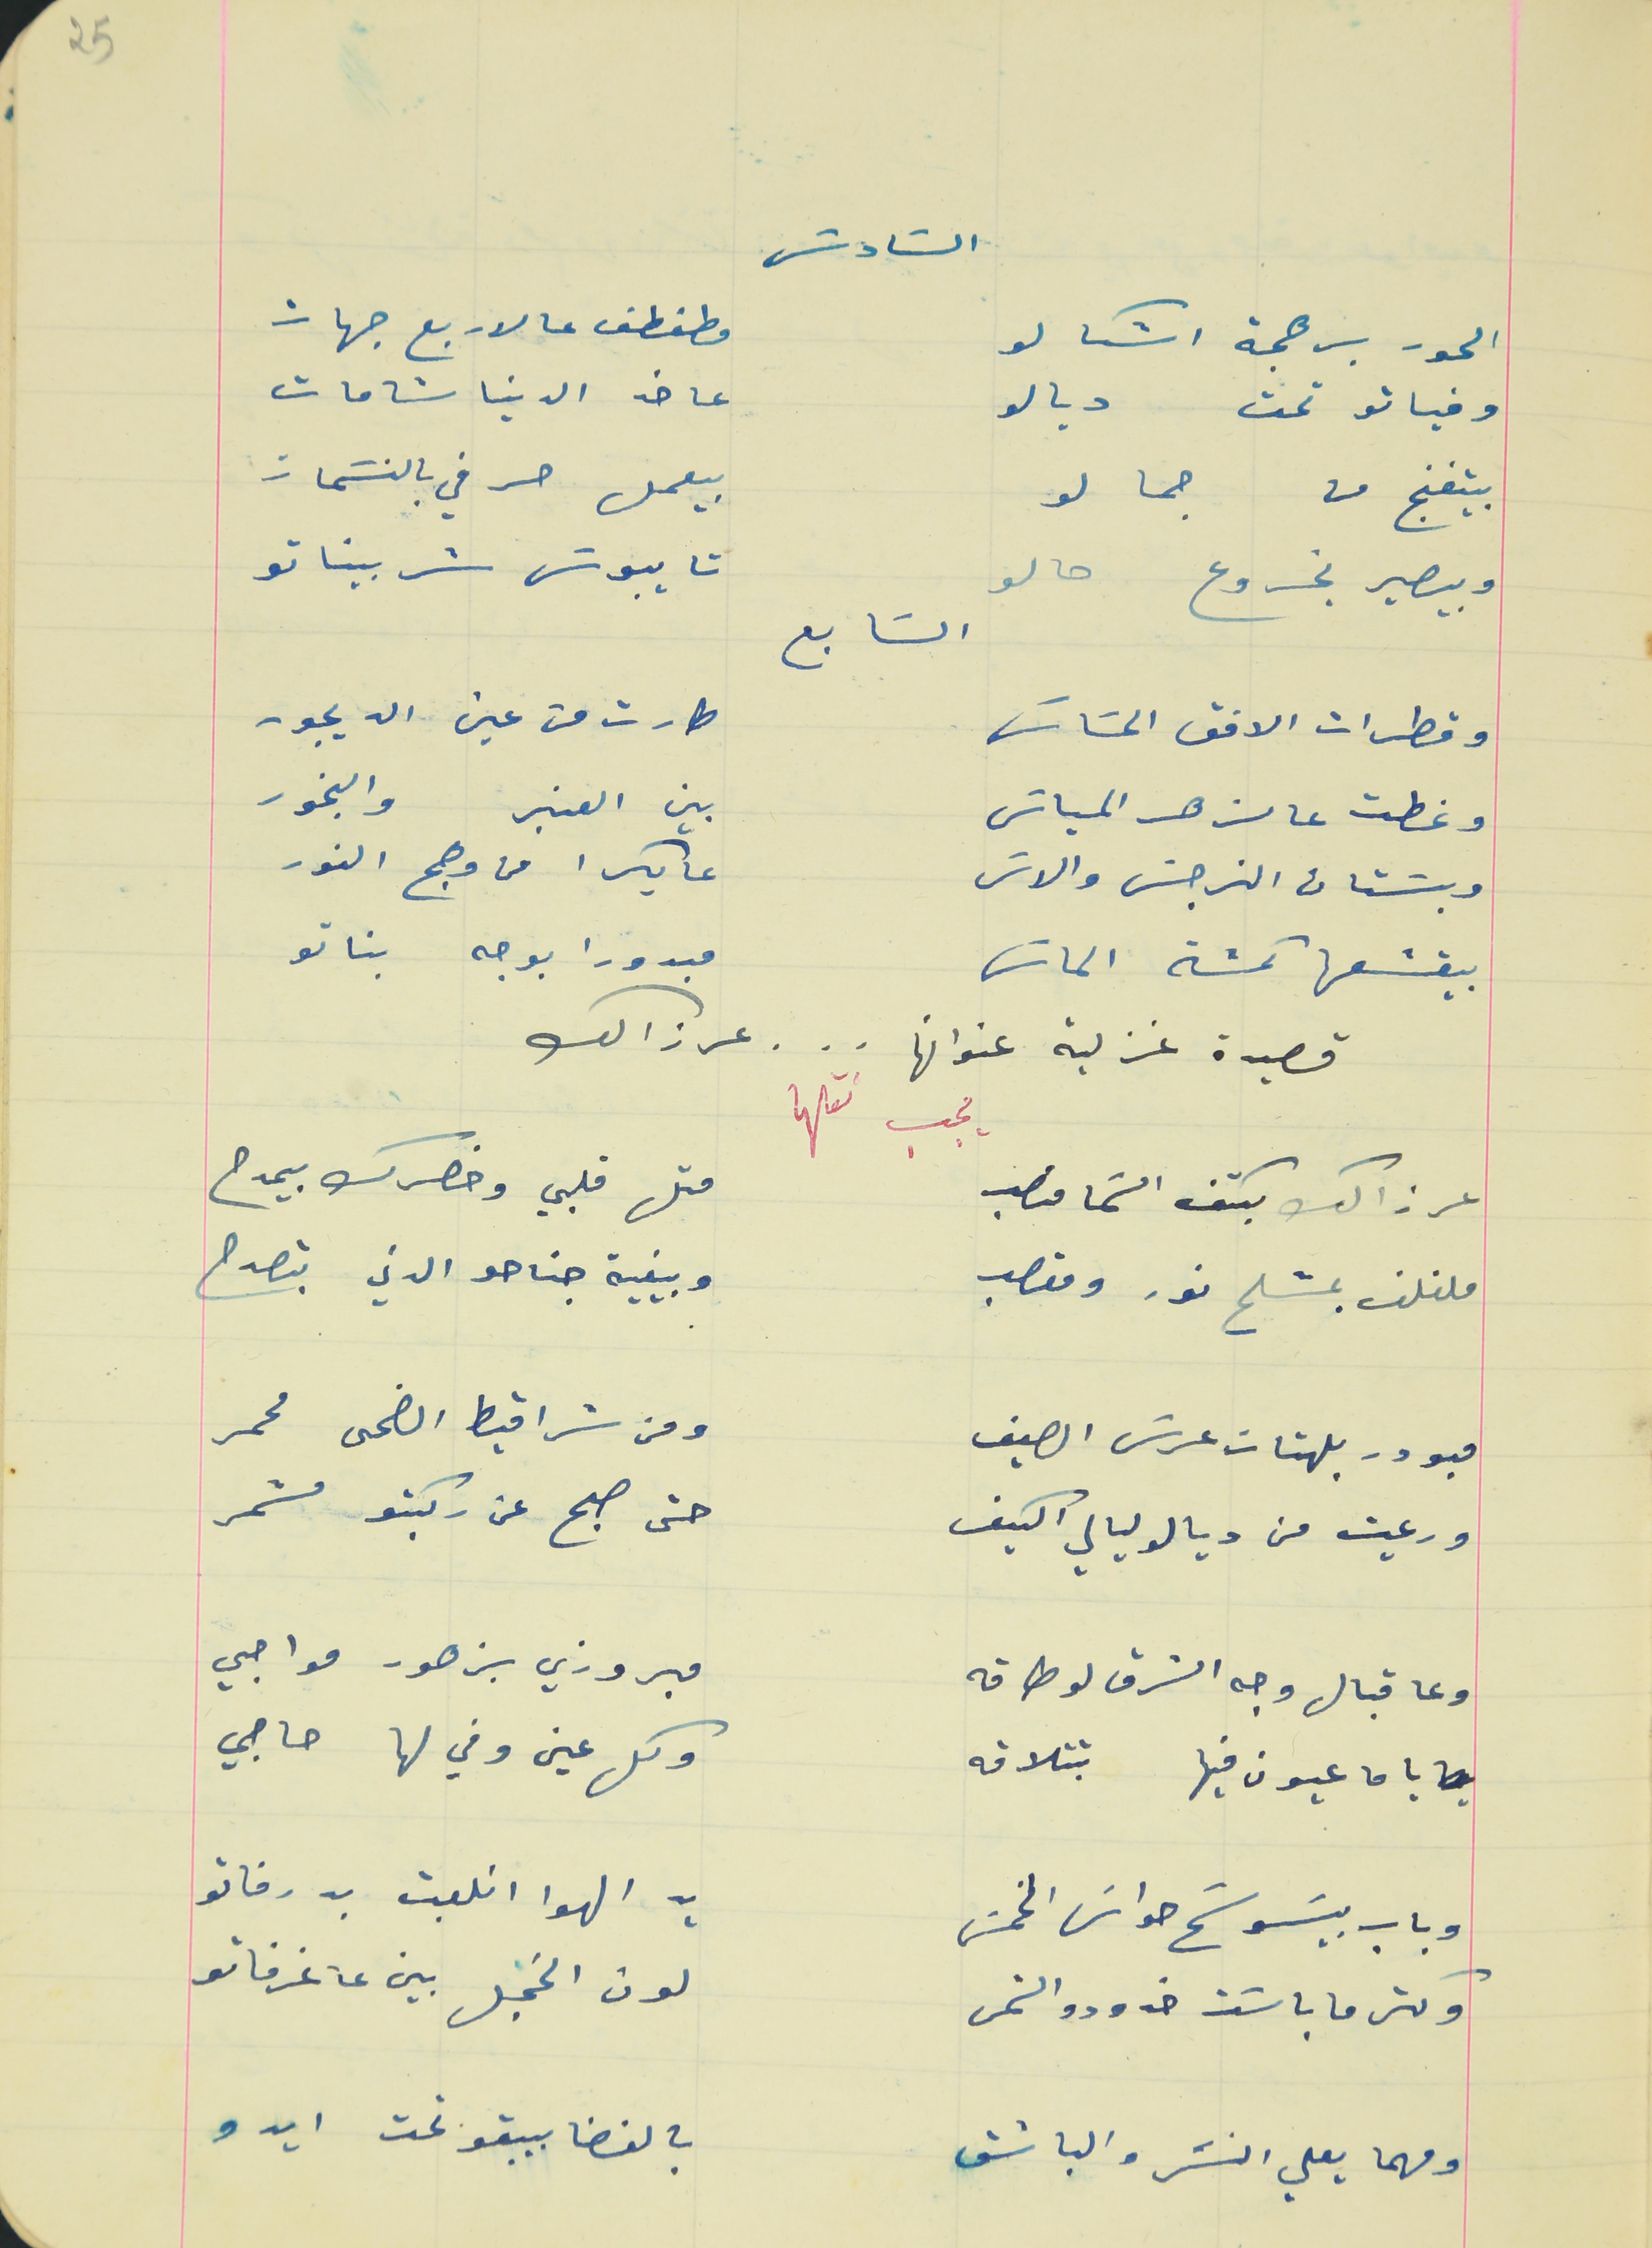
السَادسَ
الحور برهجة اشكالو                                                  مطفطف عالاربع جهات
وفياتو تحت ديالو                                                      عا خد الدنيا شامات
بيتغنج من جما لو                                                      بيعمل حرفي بالنسَمات
وبيصير يخروع حالو                                                     تا يبوسَ شربيناتو
وقطرات الافق الحسَاسَ                                            طارت من عين الديجور
 وغطت عالزهر المياسَ                                             بين العنبر والبخور
وبسَتان النرجسَ والاسَ                                              عا بكرا من وهج النور
بيقشعها كمشة الماسَ                                              مبدورا بوجه بناتو
قصيدة غزلية عنوانها  .  .  .  عرزالك
عرزالك بكتف السَما منصب                                         متل قلبي وخصرك بيمدح
ملفلف بمشلح نور ومقصب                                       وبيفية جناحو الدني بتصدح
مبودر بلهتات عرش الصيف                                        ومن شراقيط الضحى محمر
ورعيت من ديالو ليالي الكيف                                      حتى صبح عن ركبتو مشمر
وعا قبال وجه الشرق لو طاقه                                      مبروزي بزهور مواجي
يا ما عيون فيها بتتلاقه                                                وكل عين وفي لها حاجي
وباب بيسَوسَح حواسَ الخمسَ                                      يد الهوا انلعبت بدرفاتو
وكتر ما باسَت خدودو الشمس                                      لون الخجل بين عا غرفاتو
ومهما يعلي النسَر والباشق                                         بالفضا بيبقو تحت ايدو
25
السَابع
يجب نقلها